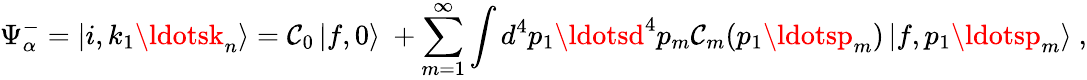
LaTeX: \Psi_{\alpha}^{-}=\left|i,k_{1}\ldotsk_{n}\right\rangle=\mathcal{C}_{0}\left|f,0\right\rangle\ +\sum_{m=1}^{\infty}\int{d^{4}p_{1}\ldotsd^{4}p_{m}\mathcal{C}_{m}(p_{1}\ldotsp_{m})\left|f,p_{1}\ldotsp_{m}\right\rangle}~,